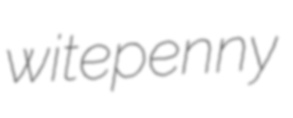
witepenny